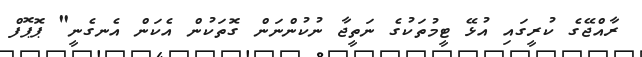
ރާއްޖޭގެ ކުރީގައި އުޅޭ ޓީމުތަކުގެ ނަތީޖާ ނުކުންނަން ގޮތަކުން އެކަން އެނގެނީ" ޕޮޕޮފް